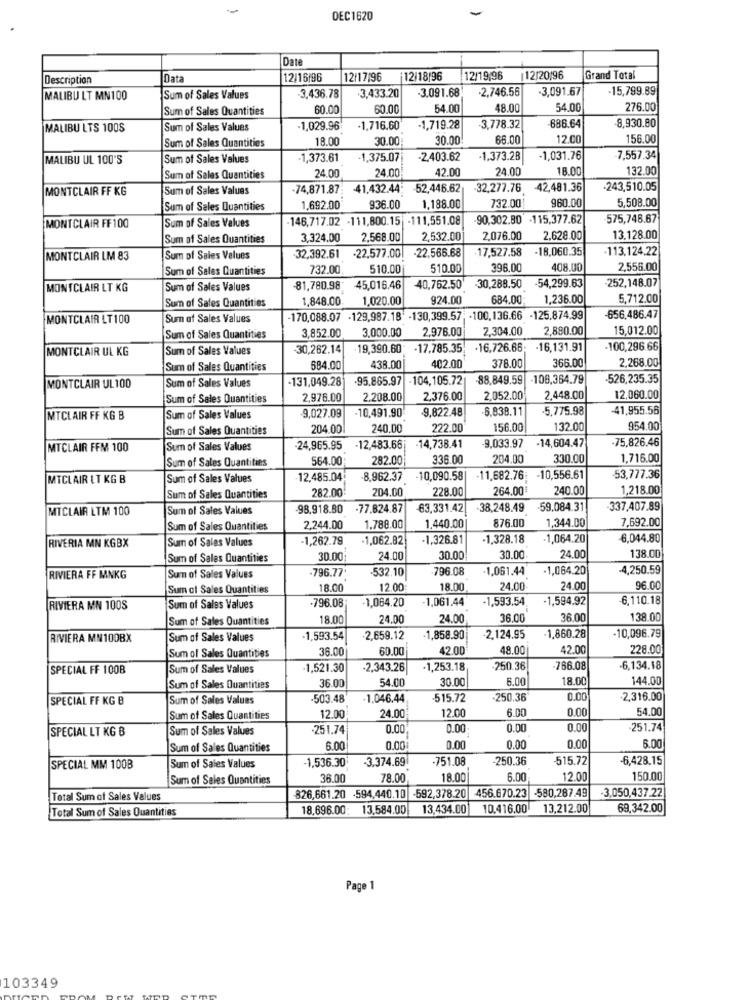
DEC1620
Date
Description
Data
12/16/96
12/17/96
12/18/96
12/19/96
12/20/96
Grand Total
3.091.68
-2,746.56
-3,091.67
15,799.89
MALIBU LT MN100
Sum of Sales Values
-3,436.78
3,433.20
Sum of Sales Quantities
60.00
60.0
54.00
48.00
54.00
276.00
MALIBU LTS 100S
Sum of Sales Values
1,029.96
-1,716.60
-1,719.28
3,778.32
686.64
-8,930.80
Sum of Sales Quantities
18.00
30.00
30.00
66.00
12.00
156.00
MALIBU UL 100'S
Sum of Sales Values
-1,373.61
-1,375.07
-2.403.62
-1,373.28
-1,031.76
-7,557.34
24.00
24.00
42.00
24.00
18.00
132.00
Sum of Sales Quantities
MONTCLAIR FF KG
Sum of Sales Values
-74,871.87;
-41.432.44
52,446.62
-32,277.76 42,481.36
-243,510.05
732.00
960.00
5,508.00
Sum of Sales Quantities
1,692.00
936.00
1,188.00
-146,717.02 -111,800.15 -111,551.08
-90,302.80 -115,377.62
575,748.67
MONTCLAIR FF100
Sum of Sales Values
Sum of Sales Quantities
3,324.00
2,568.00
2,532.00
2.076.00
2,628.00
13.128.00
-22.566.68
17,527.58
-18.060.35
·113,124,22
MONTCLAIR LM 83
Sum of Sales Values
32,392.61
-22,577.00
Sum of Sales Quantities
732.00
510.00
510.00
396.00
408.00
2,556.00
54,299.63
-252,148.07
MONTCLAIR LT KG
Sum of Sales Values
81,780.98
45,016.46
40,762.50
-30,288.50
Sum of Sales Quantities
1,848.00
1,020.00
924.00
684.00
1,236.00
5,712.00
MONTCLAIR LT100
Sum of Sales Values
170,088.07 -129,987.18' -130,399.57; - 100,136.66 -125.874.99
-656,486.47
3,852.00
3,000.00
2,976.00
2,304.00
2,880.00
15,012.00
Sum of Sales Quantities
MONTCLAIR UL KG
Sum of Sales Values
30,262.14
.19,390.60
-17,785.35
-16,726.66;
-16,131.91
-100,296.66
2,268.00
Sum of Sales Quantities
684.00
438.00
402.00
378.00
366.00
Sum of Sales Values
-131,049.28
.95.865.97
104,105.72
88,849.59
106,364.79
-526,235.35
MONTCLAIR UL100
Sum of Sales Quantities
2,976.00
2.208.00
2,376.00
2.052.00
2,448.00
12,060.00
-10,491.90
9.822.48
6,838.11
5,775.98
-41,955.56
MTCLAIR FF KG B
Sum of Sales Values
-9,027.09
Sum of Sales Quantities
204.00
240.00
222.00
156.00
132.00
954.00
-75,826.46
MTCLAIR FFM 100
Sum of Sales Values
24,965.95
-12,483.66
-14,738.41
9,033.97
-14,604.47
Sum of Sales Quantities
564.00
282.00
336.00
204.00
330.00
1,716.00
MTCLAIR LT KG B
Sum of Sales Values
12.485.04
-8,962.37
-10,090.58|
-11,682.76: - 10,556.61
53,777.36
282.00
204.00
228.00
264.00€
240.00
1,218.00
Sum of Sales Quantities
MTCLAIR LTM 100
Sum of Sales Values
-98,918.80
-77.824.87
63,331.42
38,248.49 -59.084.31
337,407.89
1,344.00
7,692.00
Sum of Sales Quantities
2,244.00
1.788.00
1,440.00
876.00
-1,262.79
-1,062.82
-1,326.81
-1,328.18
1,064.20
6,044.80
RIVERIA MN KGBX
Sum of Sales Values
Sum of Sales Quantities
30.00
24.00
30.00
30.00
24.00
138.00
-532.10
-796.08
-1,061.44
-1,064.20
-4,250.59
RIVIERA FF MNKG
Sum of Sales Values
.796.77
Sum of Sales Quantities
18.0
12.00
18.00
24.00
24.00
96.00
-1,064.20
1.061.44
-1,593.54
1,594.92
6,110.18
RIVIERA MN 100S
Sum of Sales Values
.796.08
Sum of Sales Quantities
18.0
24.00
24.00
36.00
36.00
138.00
RIVIERA MN100BX
Sum of Sales Values
-1,593.54
.2,659.12
-1,858.90
-2.124.95
1,860.28
-10,096.79
36.0
60.00
42.00
48.00
42.00
228.00
Sum of Sales Quantities
SPECIAL FF 100B
Sum of Sales Values
1,521.30
-2,343.26
-1,253.18
250.36
-766.08
6,134.18
54.00
30.00
6.00
18.0
144.00
Sum of Sales Quantities
36.00
SPECIAL FF KG B
Sum of Sales Values
503.48'
1.046.44
515.72
.250.36
0.00
2,316.00
6.00
0.00
54.00
Sum of Sales Quantities
12.00
24.00
12.00
SPECIAL LT KG B
Sum of Sales Values
-251.74
0.00
0.00
0.00
0.00
251.74
6.00
Sum of Sales Quantities
6.00
0.00
0.00
0.00
0.00
-1,536.30
-751.08
-250.36
-515.72
-6,428.15
SPECIAL MM 100B
Sum of Sales Values
3.374.69
Sum of Sales Quantities
36.00
78.00
18.00
6.00
12.00
150.00
456.670.23 -580,287.49
Total Sum of Sales Values
826,661.20 -594,440.10 -592,378.20
-3,050,437.22
Total Sum of Sales Quantities
18.696.00: 13.584.00
13,434.00
10.416.00 13,212.00
69,342.00
Page 1
103349